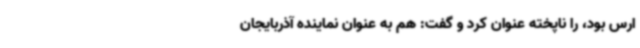
ارس بود، را ناپخته عنوان کرد و گفت: هم به عنوان نماینده آذربایجان